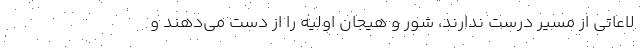
لاعاتی از مسیر درست ندارند، شور و هیجان اولیه را از دست می‌دهند و